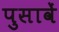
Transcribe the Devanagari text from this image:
पुसावें